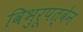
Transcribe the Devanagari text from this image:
विभुरूपत्वेन